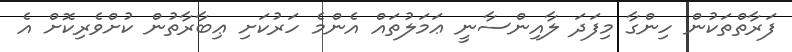
ފަރާތްތަކުން ހިންގާ މިފަދަ ލާއިންސާނީ ޢަމަލުތައް އެންމެ ހަރުކަށި ޢިބާރާތުން ކުށްވެރިކޮށް އެ